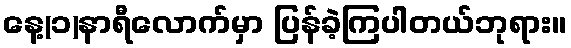
နေ့(၁)နာရီလောက်မှာ ပြန်ခဲ့ကြပါတယ်ဘုရား။